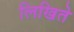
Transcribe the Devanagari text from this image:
लिखिते